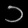
Digit: ၁